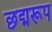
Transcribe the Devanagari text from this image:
छद्मरूप